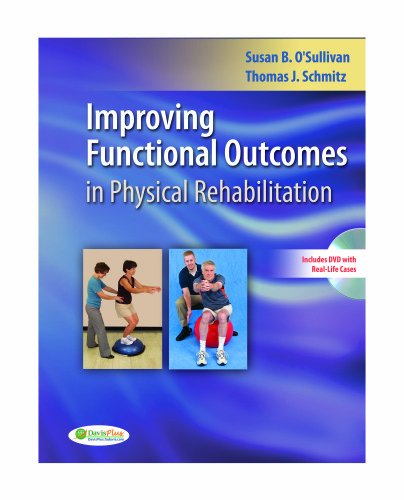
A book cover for Improving Functional Outcomes in Physical Rehabilitation; Susan B. O'Sullivan PT  EdD; Medical Books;